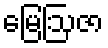
မြေဩဇာ